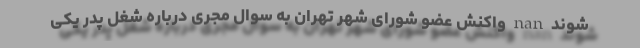
شوند nan واکنش عضو شورای شهر تهران به سوال مجری درباره شغل پدر یکی